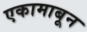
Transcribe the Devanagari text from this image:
एकामाबून